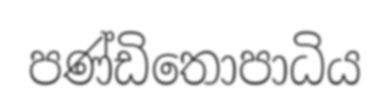
පණ්ඩිතොපාධිය